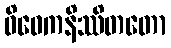
ဝိဝေကနိဿိတတော